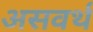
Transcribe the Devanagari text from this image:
असवर्थ